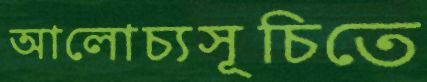
আলোচ্যসূচিতে